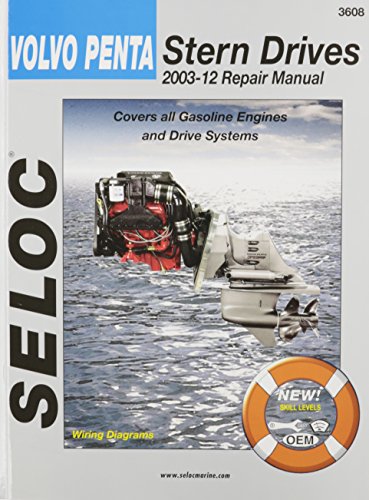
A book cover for Volvo Penta Stern Drives 2003-2012: Gasoline Engines & Drive Systems (Seloc Marine Manuals); Seloc; Engineering & Transportation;